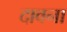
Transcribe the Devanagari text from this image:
दावना